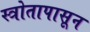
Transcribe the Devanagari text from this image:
स्त्रोतापासून